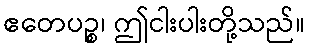
ဧတေပဉ္စ၊ ဤငါးပါးတို့သည်။